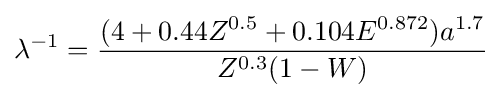
\lambda ^{-1}={\frac {(4+0.44Z^{0.5}+0.104E^{0.872})a^{1.7}}{Z^{0.3}(1-W)}}